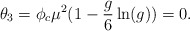
\begin{align*}\theta_3= \phi_c \mu^2(1-{g \over 6} \ln (g)) = 0.\end{align*}